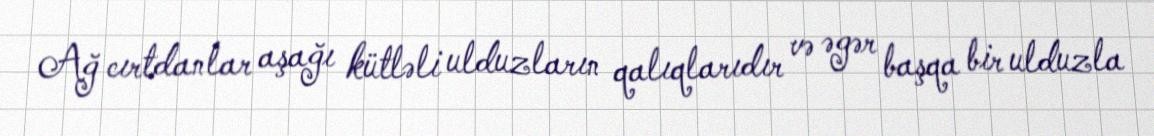
Ağ cırtdanlar aşağı kütləli ulduzların qalıqlarıdır və əgər başqa bir ulduzla